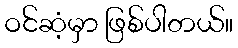
ဝင်ဆံ့မှာ ဖြစ်ပါတယ်။